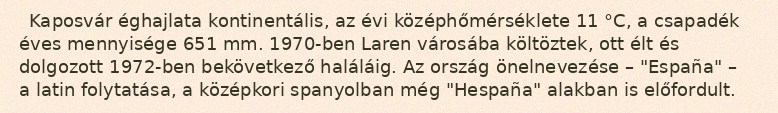
Kaposvár éghajlata kontinentális, az évi középhőmérséklete 11 °C, a csapadék éves mennyisége 651 mm. 1970-ben Laren városába költöztek, ott élt és dolgozott 1972-ben bekövetkező haláláig. Az ország önelnevezése – "España" – a latin folytatása, a középkori spanyolban még "Hespaña" alakban is előfordult.